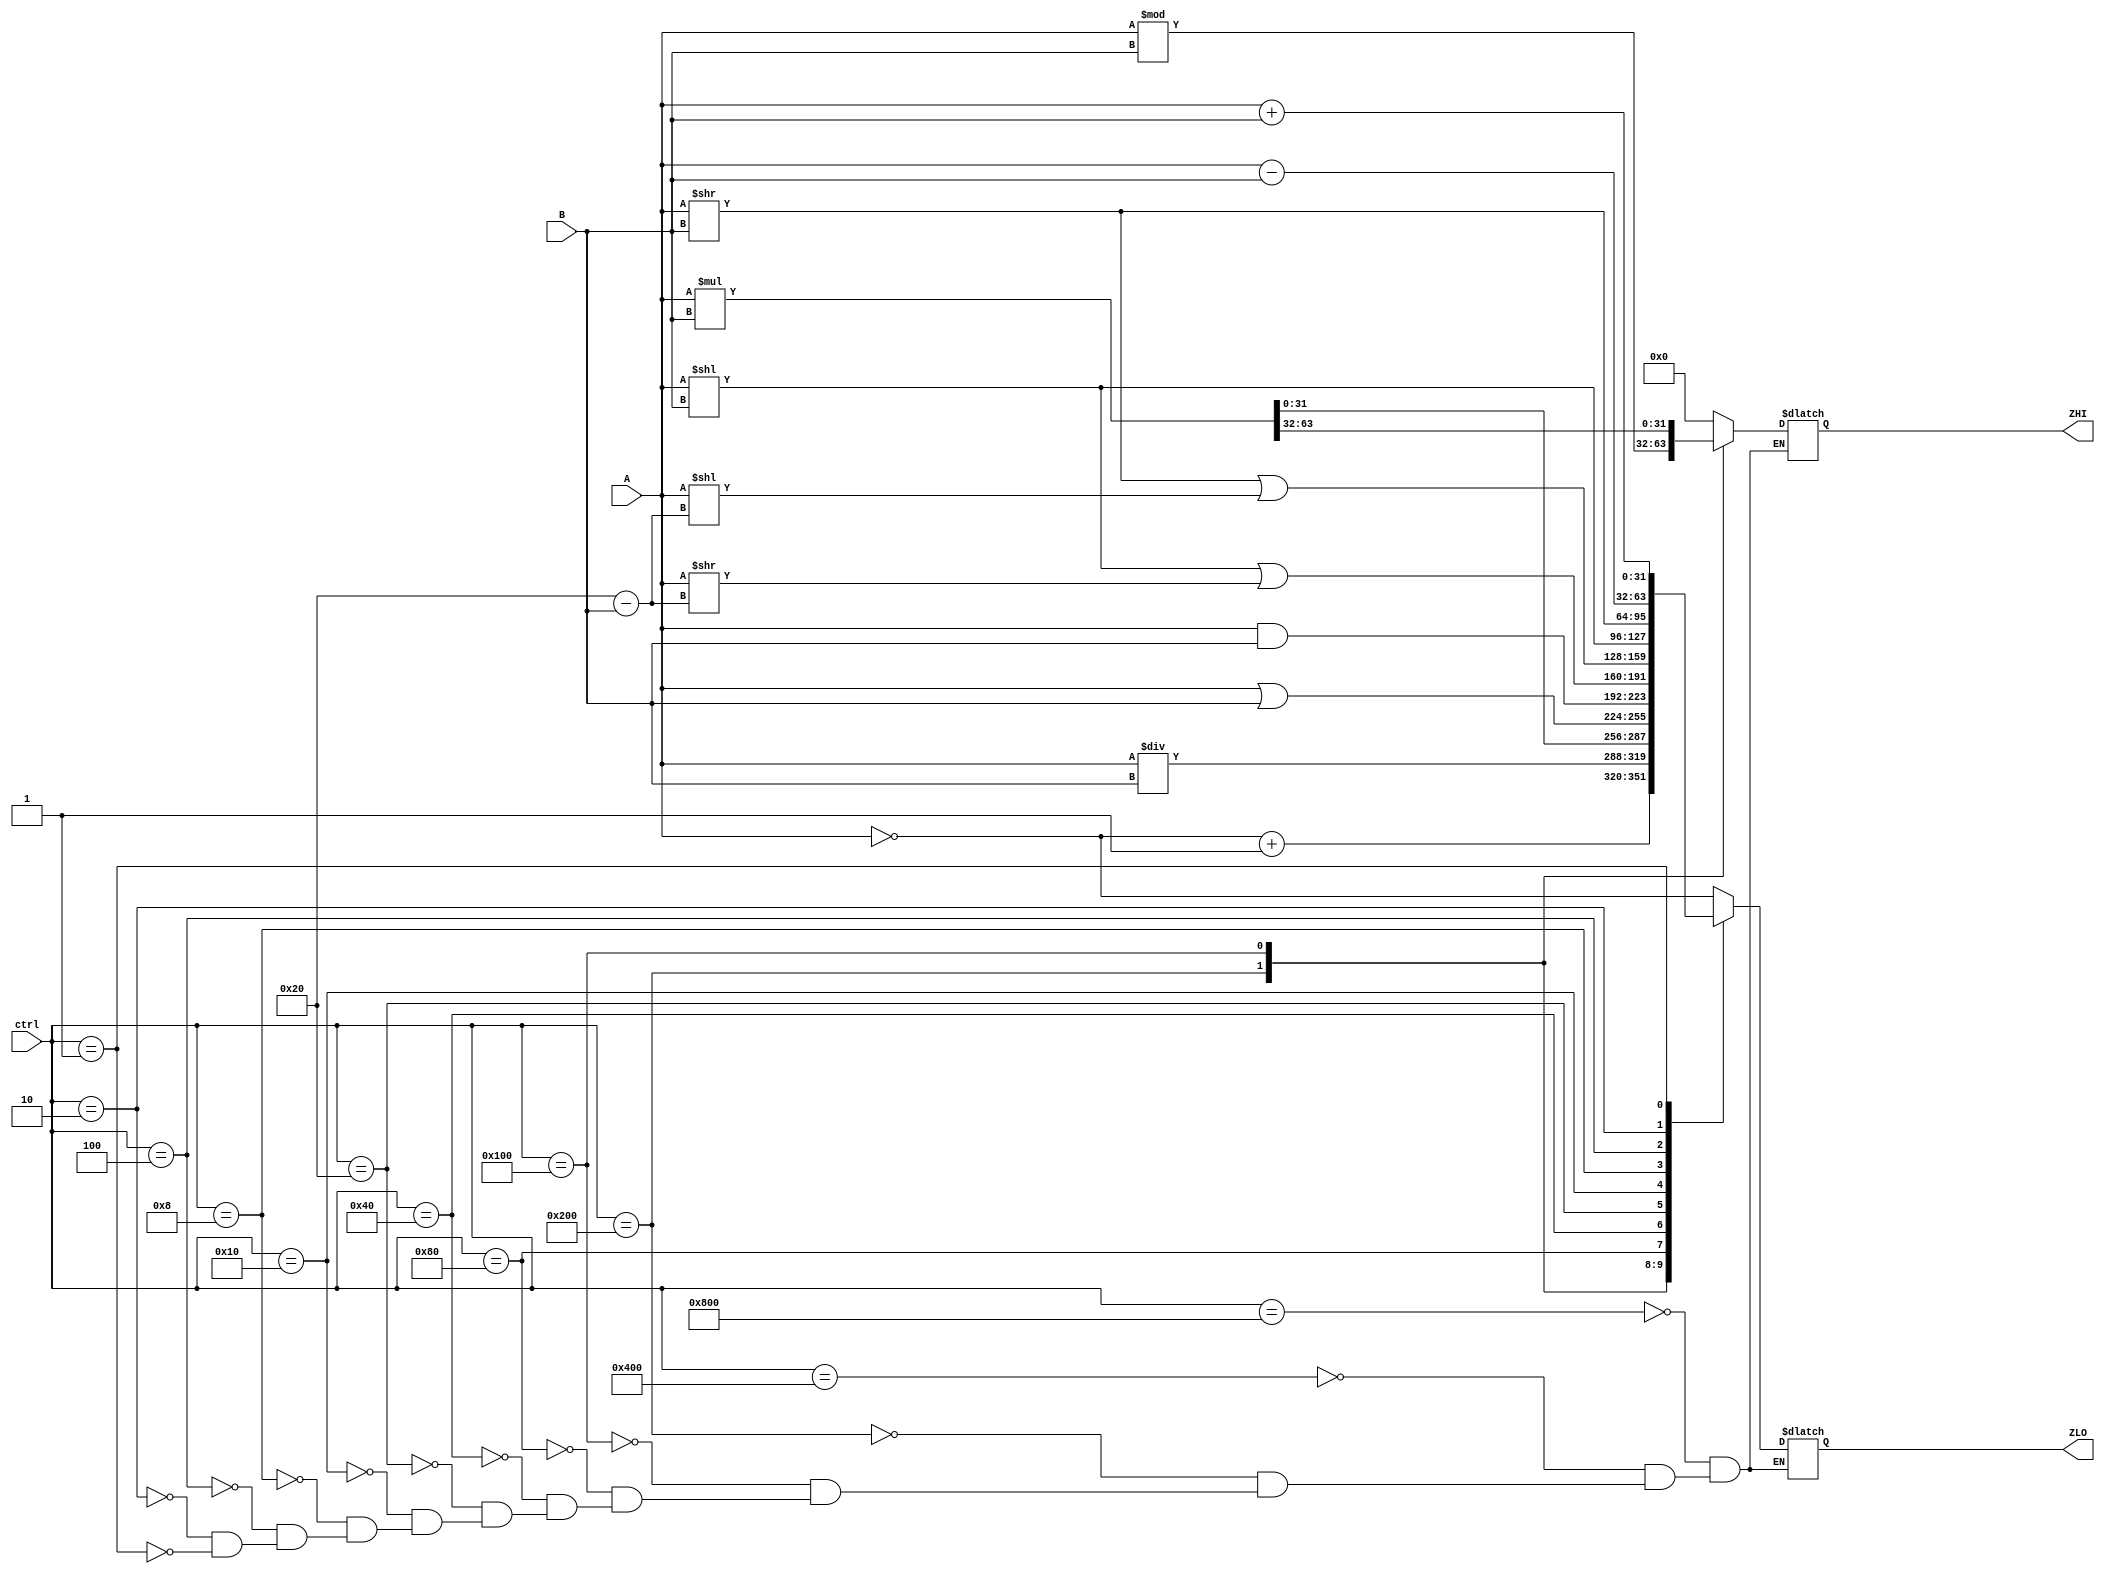
// Arithmetic Logic Unit

module ALU (
   output reg [31:0] ZHI, ZLO,
   input [31:0] A, B,
   input [11:0] ctrl
	);

	reg [63:0] C;
	
	initial begin // assign initial value
		C = 64'b0;
	end

   always @ (*) begin
      case(ctrl)
         12'b100000000000 : begin							// not
				ZHI = 32'b0;
            ZLO = ~ A; 
			end
         12'b010000000000 : begin                		// negate
				ZHI = 32'b0;
            ZLO = ~ A + 1; 
			end
         12'b001000000000 : begin                		// divide
				ZHI = A % B;  
            ZLO = A / B;                		              		
			end
         12'b000100000000 : begin                		// multiply
            C = A * B;
				ZHI = C[63:32];
            ZLO = C[31:0];
			end
         12'b000010000000 : begin                		// or
				ZHI = 32'b0;
            ZLO = A | B; 
			end
         12'b000001000000 : begin                		// and
				ZHI = 32'b0;
            ZLO = A & B; 
			end 
         12'b000000100000 : begin                		// rotate left
				ZHI = 32'b0;
            ZLO = A << B | A >> (32 - B);
			end
         12'b000000010000 : begin                		// rotate right
				ZHI = 32'b0;
            ZLO = A >> B | A << (32 - B);
			end
         12'b000000001000 : begin                		// shift left
				ZHI = 32'b0;
            ZLO = A << B; 
			end
         12'b000000000100 : begin                		// shift right
				ZHI = 32'b0;
            ZLO = A >> B;
			end
         12'b000000000010 : begin                		// subract
				ZHI = 32'b0;
            ZLO = A - B; 
			end
         12'b000000000001 : begin                		// add
				ZHI = 32'b0;
            ZLO = A + B;
			end
      endcase
   end
endmodule // ALU